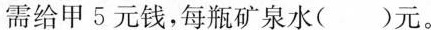
需给甲5元钱，每瓶矿泉水( )元。